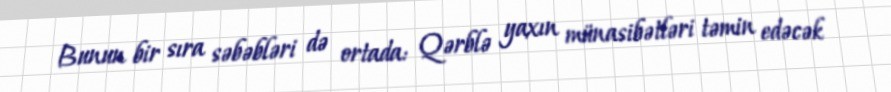
Bunun bir sıra səbəbləri də ortada: Qərblə yaxın münasibətləri təmin edəcək